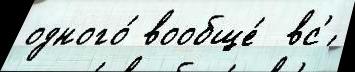
одного́ вообще́  вс'́